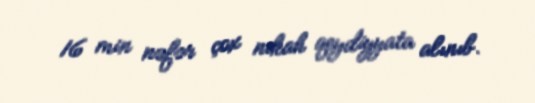
16 min nəfər çox nikah qeydiyyata alınıb.